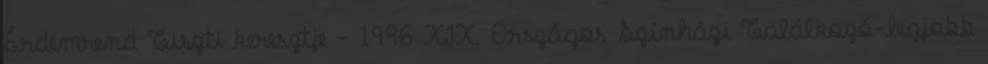
Érdemrend Tiszti keresztje - 1996 XIX. Országos Színházi Találkozó-legjobb